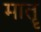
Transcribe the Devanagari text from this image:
मातॄ